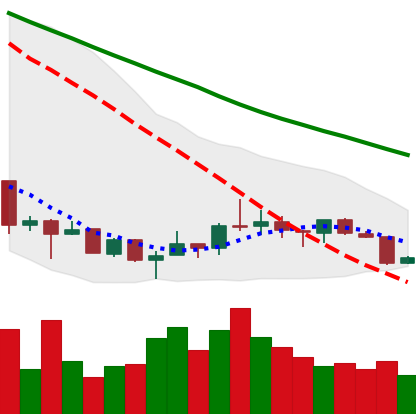
Ticker: XRP-USD
Chart end date: 2018-07-11
Forward return: 7.367%
Label: up_7plus